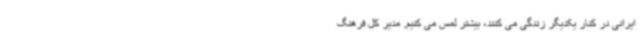
ایرانی در کنار یکدیگر زندگی می کنند، بیشتر لمس می کنیم. مدیر کل فرهنگ